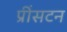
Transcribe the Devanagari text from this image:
प्रींसटन